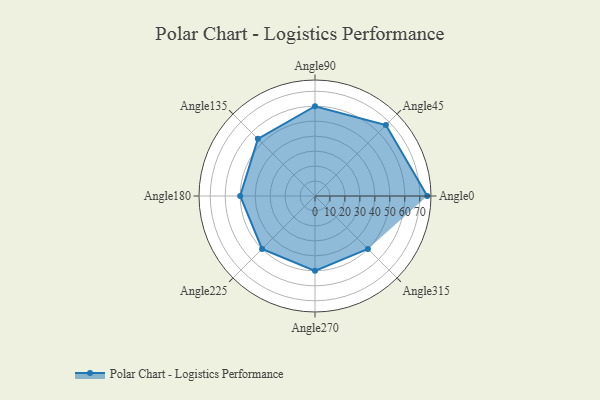
{"axis": {"x": "Angle", "y": "Radius"}, "legend": [""], "data": [{"x": "Angle0", "y": 75.0, "type": ""}, {"x": "Angle45", "y": 67.0, "type": ""}, {"x": "Angle90", "y": 60.0, "type": ""}, {"x": "Angle135", "y": 54.0, "type": ""}, {"x": "Angle180", "y": 50, "type": ""}, {"x": "Angle225", "y": 50, "type": ""}, {"x": "Angle270", "y": 50, "type": ""}, {"x": "Angle315", "y": 50, "type": ""}]}